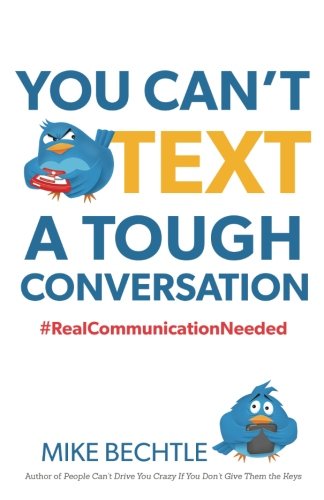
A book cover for You Can't Text a Tough Conversation: #RealCommunicationNeeded; Mike Bechtle; Self-Help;